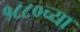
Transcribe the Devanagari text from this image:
१८८०च्या